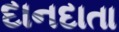
દાનદાતા